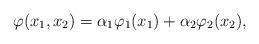
LaTeX: \begin{align*}\varphi(x_1, x_2)= \alpha_1\varphi_1(x_1)+ \alpha_2\varphi_2(x_2),\end{align*}